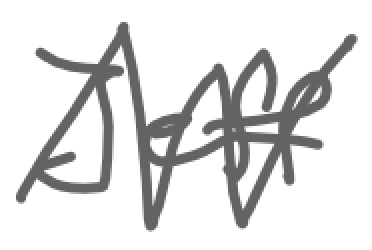
Text: Jeff
Cross-out: zig-zag
Writing tool: digital_gray